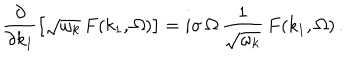
LaTeX: \frac { \partial } { \partial k _ { 1 } } \left[ \sqrt { \omega _ { k } } \, F ( k _ { 1 } , \Omega ) \right] = i \sigma \, \Omega \, \frac { 1 } { \sqrt { \omega _ { k } } } \, F ( k _ { 1 } , \Omega ) \, .